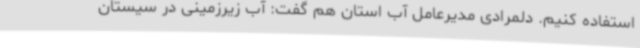
استفاده کنیم. دلمرادی مدیرعامل آب استان هم گفت: آب زیرزمینی در سیستان